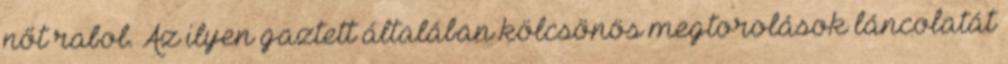
nőt rabol. Az ilyen gaztett általában kölcsönös megtorolások láncolatát